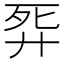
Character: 𢍈